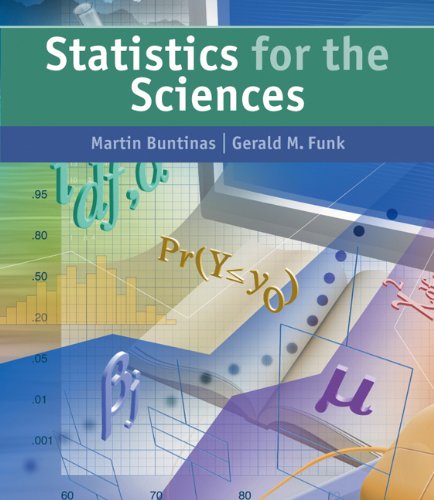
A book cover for Statistics for The Sciences; Martin Buntinas; Science & Math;